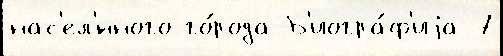
нас'ел'́нного го́рода Б'иогра́ф'иjа 7